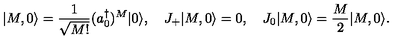
| M , 0 \rangle = { \frac { 1 } { \sqrt { M ! } } } ( a _ { 0 } ^ { \dagger } ) ^ { M } | 0 \rangle , \quad J _ { + } | M , 0 \rangle = 0 , \quad J _ { 0 } | M , 0 \rangle = { \frac { M } { 2 } } | M , 0 \rangle .